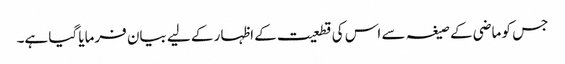
جس کو ماضی کے صیغہ سے اس کی قطعیت کے اظہار کے لیے بیان فرمایا گیا ہے۔